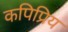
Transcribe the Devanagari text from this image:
कपिप्रिय